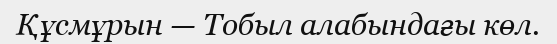
Құсмұрын — Тобыл алабындағы көл.